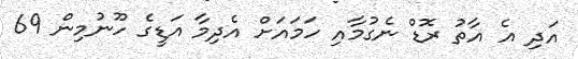
އަދި އެ އާތު ރޮޑް ނެގުމާއި ހަމައަށް އެދިމާ އަޑީގެ ހޫނުމިން 69